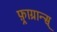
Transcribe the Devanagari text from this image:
फ़्राग्रान्स्